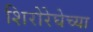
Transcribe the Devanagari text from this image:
शिरोरेघेच्या